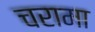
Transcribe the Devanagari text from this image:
चरामा